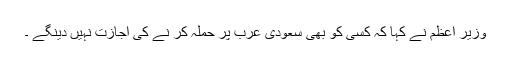
وزیر اعظم نے کہا کہ کسی کو بھی سعودی عرب پر حملہ کر نے کی اجازت نہیں دینگے ۔